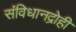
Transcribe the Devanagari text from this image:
संविधानद्रोही